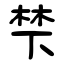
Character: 梺